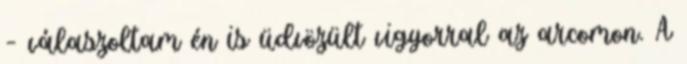
– válaszoltam én is üdvözült vigyorral az arcomon. A